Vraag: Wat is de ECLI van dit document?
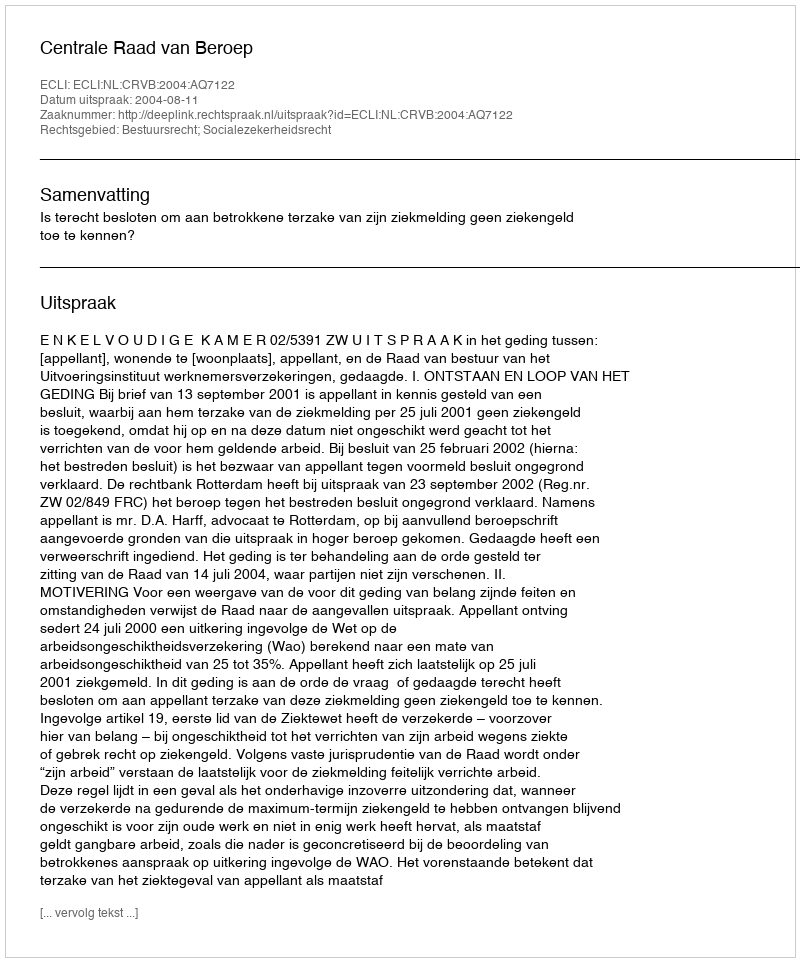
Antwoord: ECLI:NL:CRVB:2004:AQ7122